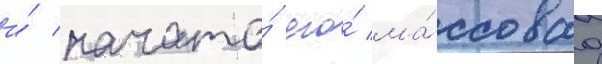
и́ начата́ его́ ма́ссоваа